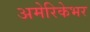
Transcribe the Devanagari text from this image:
अमेरिकेभर